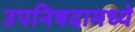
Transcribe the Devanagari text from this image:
उपनिषदामध्ये